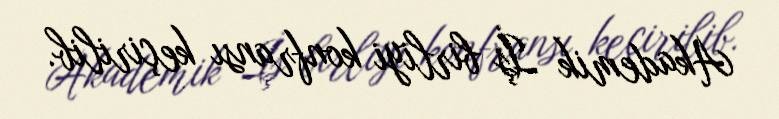
Akademik İş birliyi konfransı keçirilib.